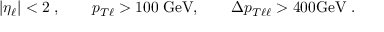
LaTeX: | \eta _ { \ell } | < 2 \; , \qquad p _ { T \ell } > 1 0 0 \; \mathrm { G e V } , \qquad \Delta p _ { T \ell \ell } > 4 0 0 \mathrm { G e V } \; .